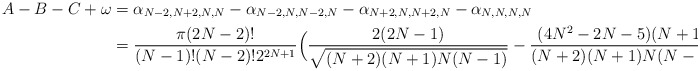
\begin{align*}A-B-C+\omega & = \alpha_{N-2,N+2,N,N} - \alpha_{N-2,N,N-2,N} - \alpha_{N+2,N,N+2,N} - \alpha_{N,N,N,N} \\& = \frac{\pi(2N-2)!}{(N-1)! (N-2)! 2^{2N+1}} \Big(\frac{2(2N-1)}{\sqrt{(N+2)(N+1)N(N-1)}} -\frac{(4N^2-2N-5)(N+1)}{(N+2)(N+1)N(N-1)} \Big).\end{align*}